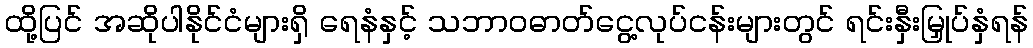
ထို့ပြင် အဆိုပါနိုင်ငံများရှိ ရေနံနှင့် သဘာဝဓာတ်ငွေ့လုပ်ငန်းများတွင် ရင်းနှီးမြှုပ်နှံရန်